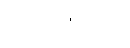
အစားထိုးမည့်